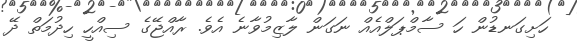
ހަށިގަނޑުން ހަ ސާމްޕަލްއެއް ނަގަން ލާޒިމުވާނެ އެވެ. ރާއްޖޭގެ ސިއްހީ ހިދުމަތް ދޭ